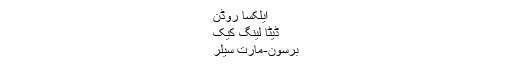
ایلکسا روڈن
ڈیٹا لینگ کیک
برسون-مارت سیلر